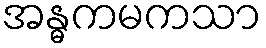
အန္ဓကမကသာ